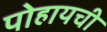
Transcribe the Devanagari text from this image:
पोहायची